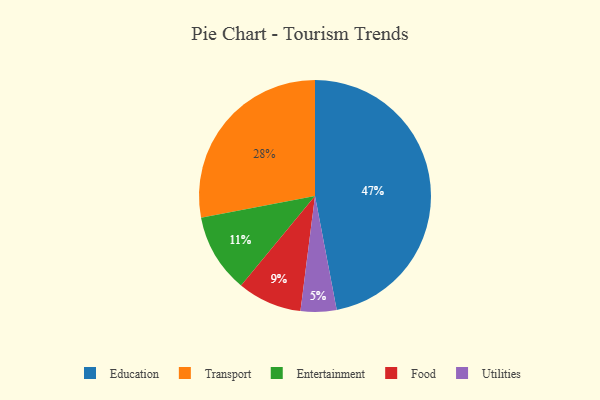
{"axis": {"x": "Category", "y": "Percentage"}, "legend": ["Education", "Entertainment", "Food", "Transport", "Utilities"], "data": [{"x": "Transport", "y": 28, "type": "Transport"}, {"x": "Entertainment", "y": 11, "type": "Entertainment"}, {"x": "Utilities", "y": 5, "type": "Utilities"}, {"x": "Food", "y": 9, "type": "Food"}, {"x": "Education", "y": 47, "type": "Education"}]}